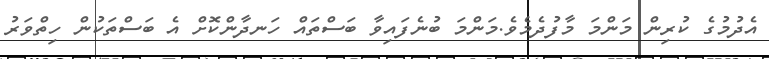
އެދުމުގެ ކުރިން މަންމަ މާފުދެމެވެ.މަންމަ ބުނެފައިވާ ބަސްތައް ހަނދާންކޮށް އެ ބަސްތަކުން ހިތްވަރު